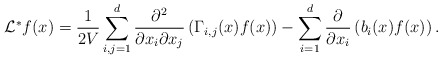
\begin{align*} {\cal L}^*f(x) = \frac{1}{2V}\sum_{i,j = 1}^d \frac{\partial^2 }{\partial x_i \partial x_j}\left(\Gamma_{i,j}(x) f(x)\right) -\sum_{i = 1}^d \frac{\partial }{\partial x_i}\left(b_i (x) f(x)\right).\end{align*}